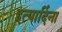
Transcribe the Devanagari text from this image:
इत्यादिंना